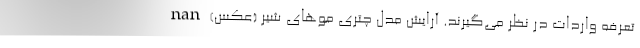
تعرفه واردات در نظر می‌گیرند. آرایش مدل چتری مو‌های شیر (عکس) nan